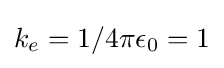
k_{e}=1/4\pi \epsilon _{0}=1